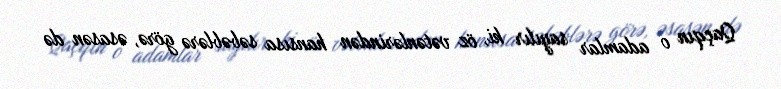
Qaçqın o adamlar sayılır ki, öz vətənlərindən hansısa səbəblərə görə, əsasən də